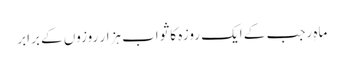
ماہِ رجب کے ایک روزہ کا ثواب ہزار روزوں کے برابر